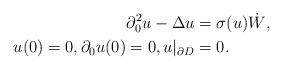
LaTeX: \begin{align*} \partial_0^2u - \Delta u & = \sigma(u)\dot W, \\ u(0)=0, \partial_0u(0)=0, u|_{\partial D} & =0.\end{align*}